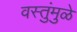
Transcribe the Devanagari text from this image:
वस्तुंमुळे